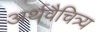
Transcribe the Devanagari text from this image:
अर्थवैचित्र्य